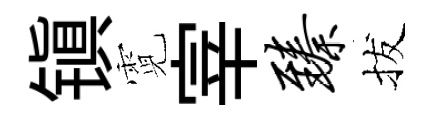
镇霓宰臻拔